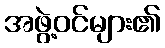
အဖွဲ့ဝင်များ၏